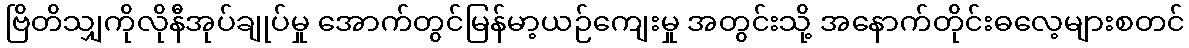
ဗြိတိသျှကိုလိုနီအုပ်ချုပ်မှု အောက်တွင်မြန်မာ့ယဉ်ကျေးမှု အတွင်းသို့ အနောက်တိုင်းဓလေ့များစတင်